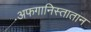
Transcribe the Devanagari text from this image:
अफगानिस्तातान